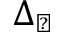
\Delta _ { \perp }